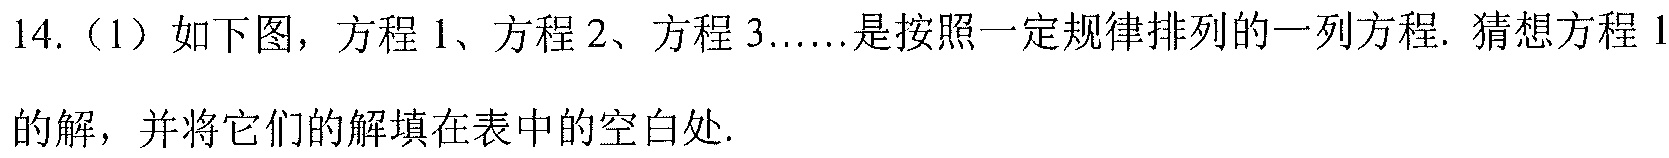
14.（1）如下图，方程1、方程2、方程3……是按照一定规律排列的一列方程. 猜想方程1的解，并将它们的解填在表中的空白处.